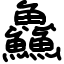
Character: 鱻